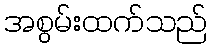
အစွမ်းထက်သည်